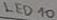
Text: LED10